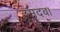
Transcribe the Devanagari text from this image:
दमदबा